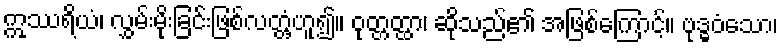
ဣဿရိယံ၊ လွှမ်းမိုးခြင်းဖြစ်လတ္တံ့ဟူ၍။ ဝုတ္တတ္ထာ၊ ဆိုသည်၏ အဖြစ်ကြောင့်။ ဗုဒ္ဓဝံသော၊